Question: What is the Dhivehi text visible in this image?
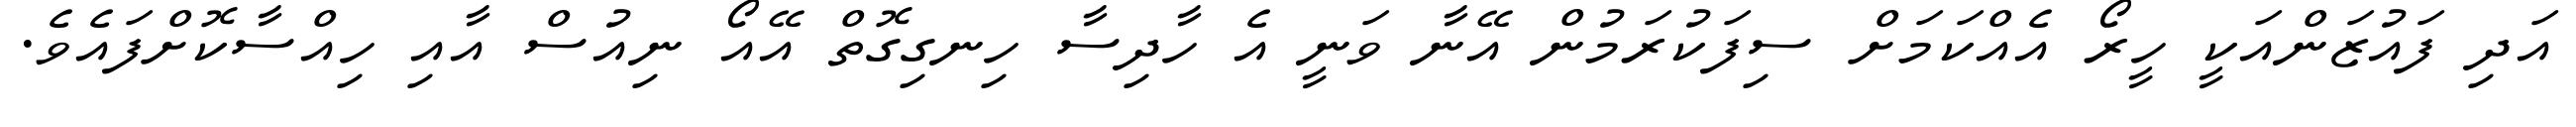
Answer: އަދި ފައުޒަންއަކީ ހީރޯ އެއްކަމަށް ސިފަކުރަމުން އޭނާ ވަނީ އެ ހާދިސާ ހިނގިގޮތް އޭއޯ ނިއުސް އާއި ހިއްސާކޮށްފައެވެ.